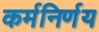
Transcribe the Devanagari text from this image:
कर्मनिर्णय